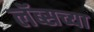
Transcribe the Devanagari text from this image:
लॅब्सच्या